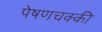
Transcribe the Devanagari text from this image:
पेषणचक्की